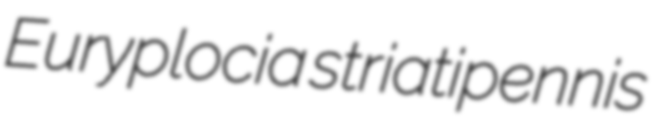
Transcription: Euryplocia striatipennis